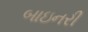
બાઇનરી